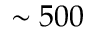
\sim 5 0 0